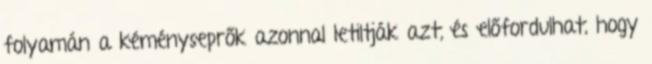
folyamán a kéményseprők azonnal letiltják azt, és előfordulhat, hogy